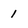
Character: 1